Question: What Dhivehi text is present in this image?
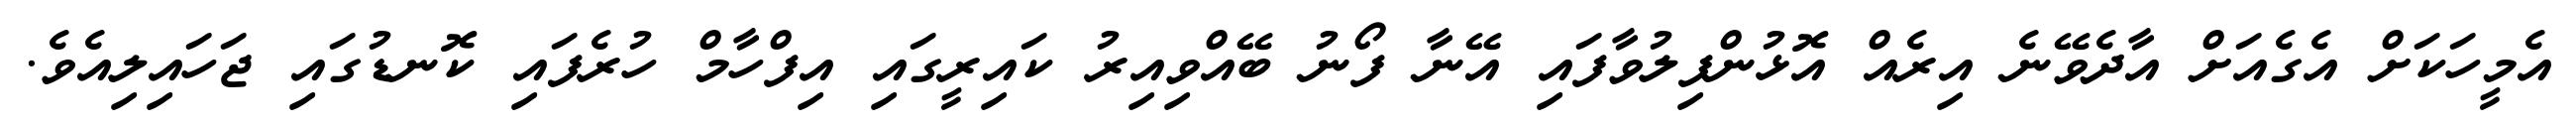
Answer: އެމީހަކަށް އެގެއަށް އާދެވޭނެ އިރެއް އޮޅުންފިލުވާފައި އޭނާ ފޯނު ބޭއްވިއިރު ކައިރީގައި އިފްހާމް ހުރެފައި ކޮނޑުގައި ޖަހައިލިއެވެ.